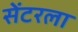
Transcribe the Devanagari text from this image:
सेंटरला